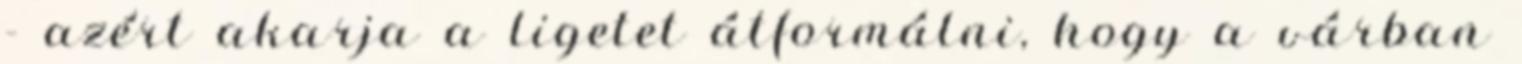
- azért akarja a ligetet átformálni, hogy a várban